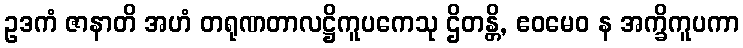
ဥဒကံ ဇာနာတိ အဟံ တရုဏတာလဋ္ဌိကူပကေသု ဌိတန္တိ, ဧဝမေဝ န အက္ခိကူပကာ